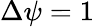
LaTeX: \Delta\psi=1